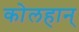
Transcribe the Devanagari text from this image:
कोलहान्